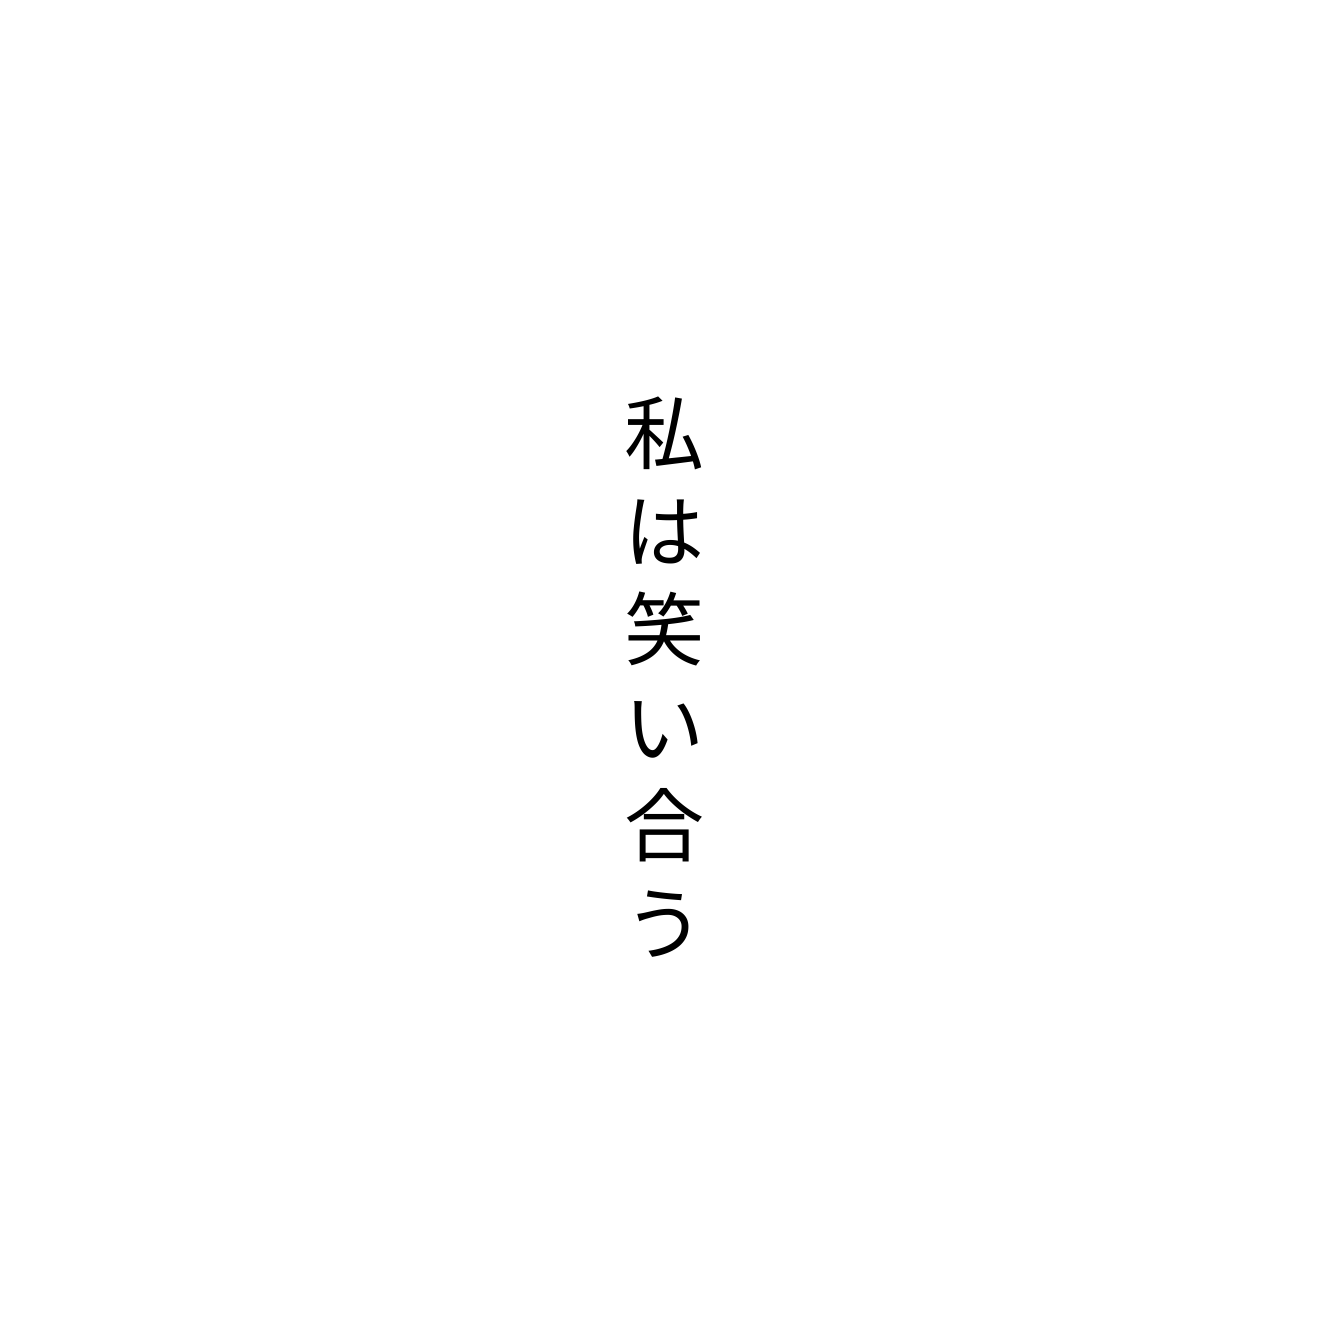
私は笑い合う